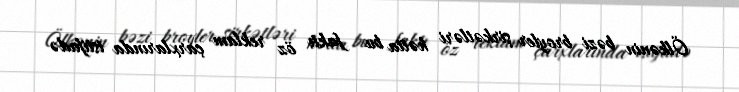
Ölkənin bəzi broyler şirkətləri hətta bu faktı öz reklam çarxlarında istifadə